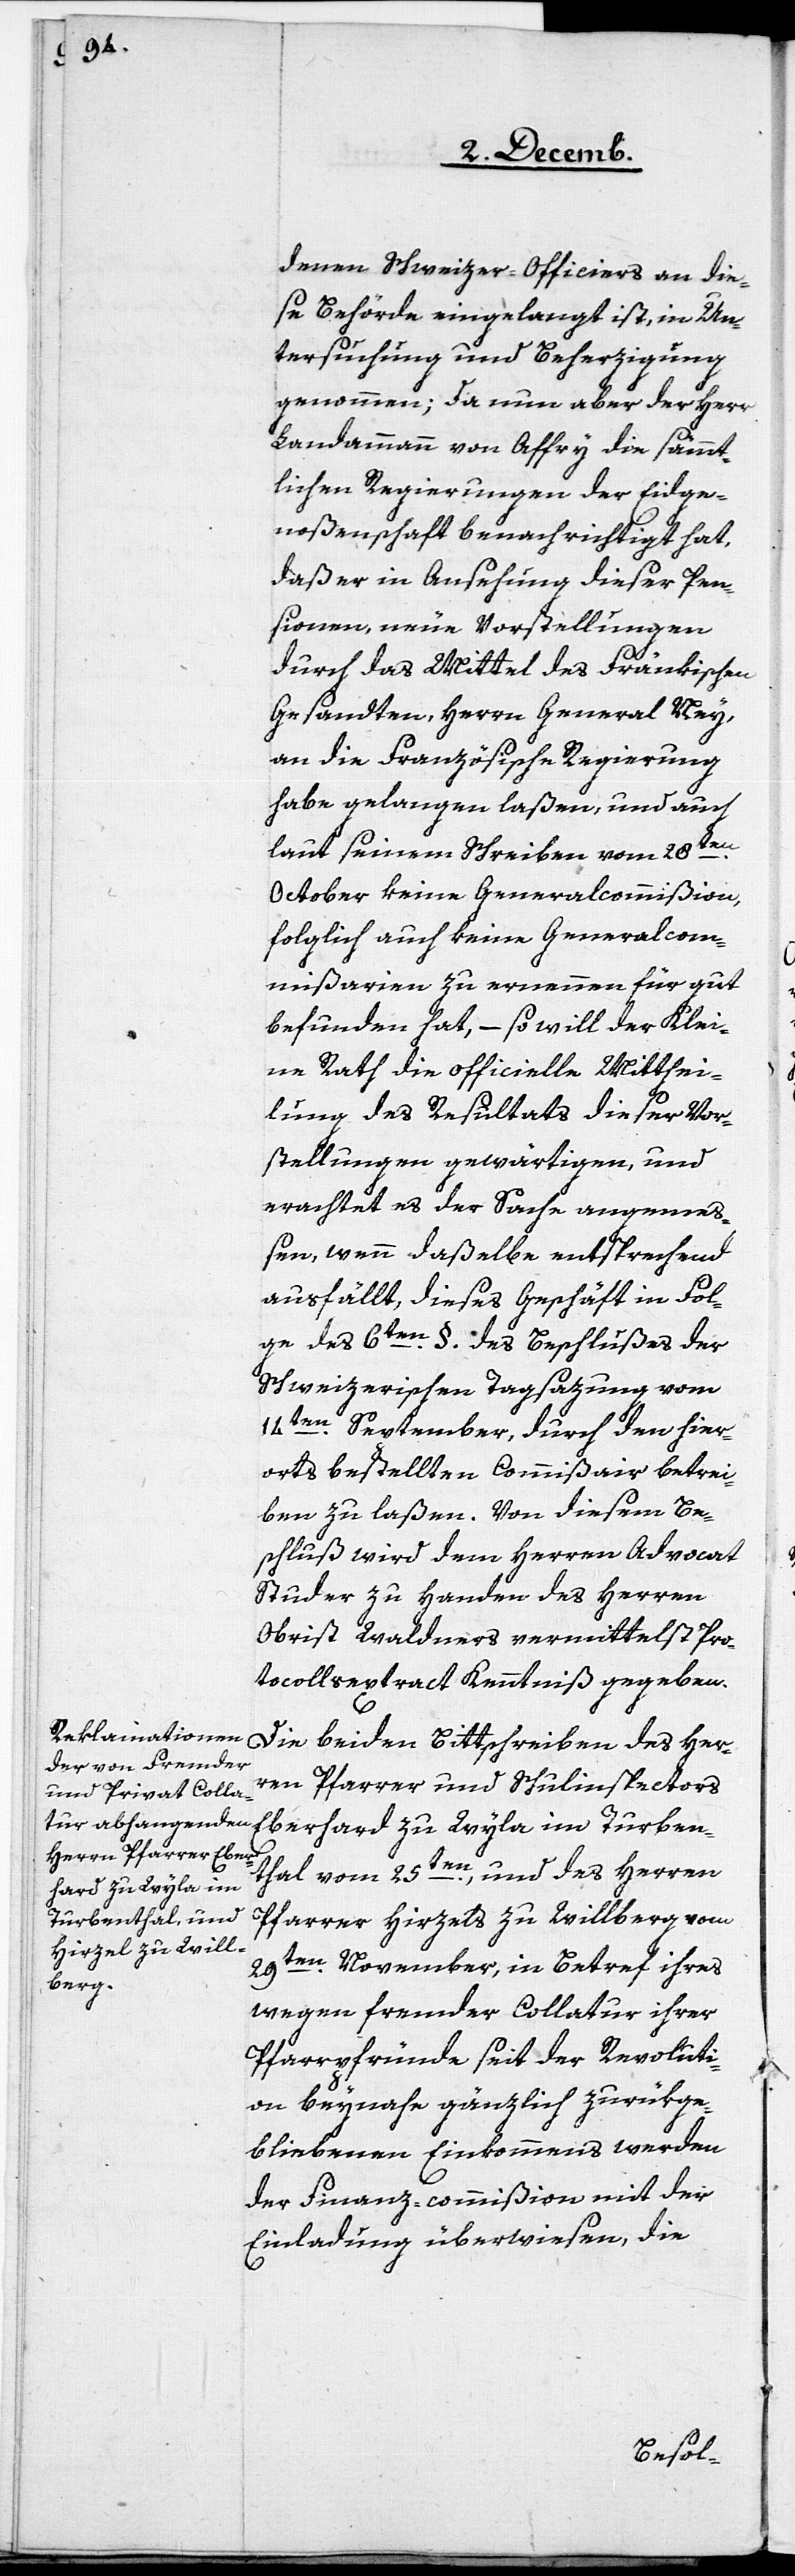
denen Schweizer-Officiers an die¬
se Behörde eingelangt ist, in Un¬
tersuchung und Beherzigung
genommen; da nun aber der Herr
Landammann von Affry die sämmt¬
lichen Regierungen der Eidge¬
noßenschaft benachrichtigt hat,
daß er in Ansehung dieser Pen¬
sionen, neue Vorstellungen
durch das Mittel des Fränkischen
Gesandten, Herrn General Ney,
an die Französische Regierung
habe gelangen laßen, und auch
laut seinem Schreiben vom 28ten.
October keine Generalcommißion,
folglich auch keine Generalcom¬
mißarien zu ernennen für gut
befunden hat, – so will der Klei¬
ne Rath die officielle Mitthei¬
lung des Resultats dieser Vor¬
stellungen gewärtigen, und
erachtet es der Sache angemeß¬
en, wenn daßelbe entsprechend
ausfällt, dieses Geschäft in Fol¬
ge des 6ten. §. des Beschlußes der
Schweizerischen Tagsazung vom
14ten. September, durch den hier¬
orts bestellten Commißair betrei¬
ben zu laßen. Von diesem Be¬
schluß wird dem Herren Advocat
Studer zu Handen des Herren
Obrist Waldners vermittelst Pro¬
tocollsextract Kenntniß gegeben.
Die beiden Bittschreiben des Herr¬
en Pfarrer und Schulinspectors
Eberhard zu Wyla im Turben¬
thal vom 25ten., und des Herren
Pfarrer Hirzels zu Willberg vom
29ten. November, in Betref ihres
wegen fremder Collatur ihrer
Pfarrpfründe seit der Revoluti¬
on beynahe gänzlich zurükge¬
bliebenen Einkommens werden
der Finanz-commißion mit der
Einladung überwiesen, die